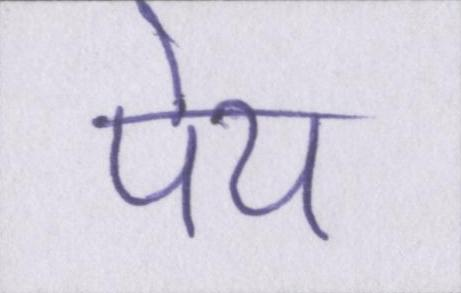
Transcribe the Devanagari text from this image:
पेय